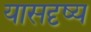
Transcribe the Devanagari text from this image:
यासदृष्य